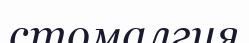
стомалгия